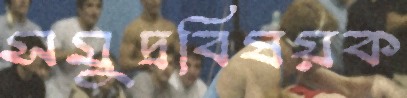
সমুদ্রবিষয়ক